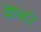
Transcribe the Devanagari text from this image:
क़बरें